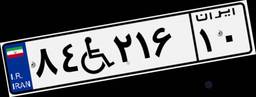
۸۴W۲۱۶۱۰